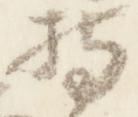
持